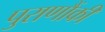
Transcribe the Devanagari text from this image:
पुराणौंकी